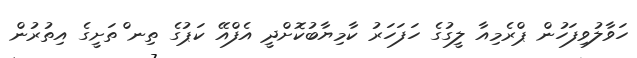
ހަވާލުވިފަހުން ޕްރެމިއާ ލީގުގެ ހަފަހަރު ކާމިޔާބުކޮށްދީ އެފްއޭ ކަޕުގެ ތިނ ްތަށީގެ އިތުރުން